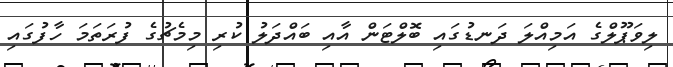
ލިވަޕޫލްގެ އަމިއްލަ ދަނޑުގައި ބޮލްޓަން އާއި ބައްދަލު ކުރި މިމެޗުގެ ފުރަތަމަ ހާފުގައި